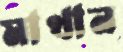
মাখান